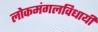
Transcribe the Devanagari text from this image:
लोकमंगलविधायी